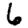
Digit: 6